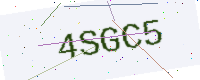
Text: 4SGC5